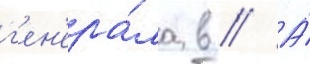
г'ен'ера́ла в // А́